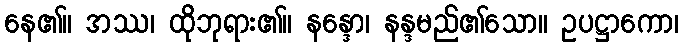
နေ၏။ အဿ၊ ထိုဘုရား၏။ နန္ဒော၊ နန္ဒမည်၏သော။ ဥပဋ္ဌာကော၊